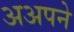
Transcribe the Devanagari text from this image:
अअपने